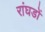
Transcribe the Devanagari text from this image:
रांघडों